Scientific memoirs by medical officers of the Army of India - Part VIII,
Year: 1894
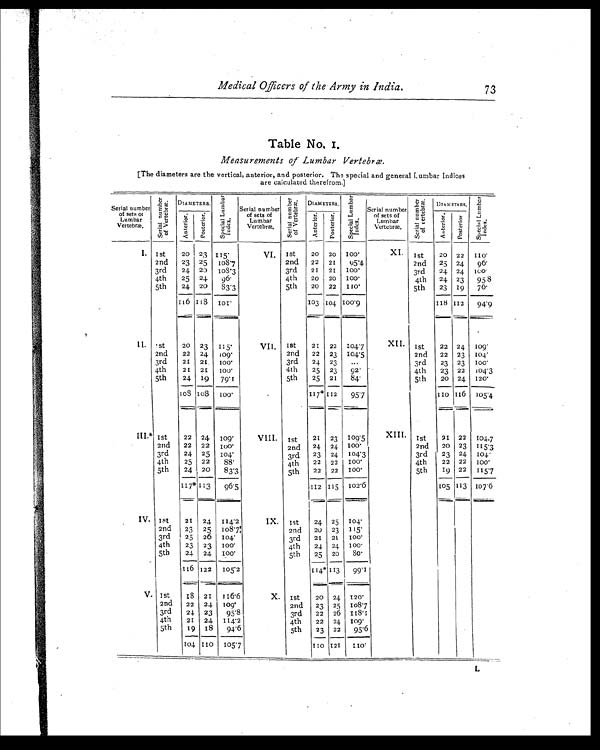
Medical Officers of the Army in India.
73
Table No. 1.
Measurements of Lumbar Vertebræ.
[The diameters are the vertical, anterior, and posterior. The special and general Lumbar Indices
are calculated therefrom.]
Serial number
of sets or
Lumbar
Vertebræ.
Se r i a l n u mb e r
of Var t ebr æ. DIAMETERS. S p e c i a l L u m b a r
I n d e x . Serial number
of sets of
Lumbar
Vertebræ.
Se r i a l n u mb e r
of Var t ebr æ. DIAMETERS.
S p e c i a l L u mb a r
Index.
Serial number
of sets of
Lumbar
Vertebræ.
S e r i a l n u mb e r
o f Va r t e b r æ. DIAMETERS,
S p e c i a l L u mb a r
Index.
A n t e r t o r . P o s t e r i o r .
A n t e r t o r . P o s t e r i o r .
A n t e r t o r . Po s t e r i o r .
I. 1st 20 23 115.
VI. 1st 20 20 100.
XI. 1st 20 22
1 1 0 .
2nd 23 25 108.7
2nd 22 21 95.4
2nd 25 24 96.
3rd 24 20 108.3
3rd 21 21
1 0 0 .
3rd 24 24 100.
4th 25 24 96.
4th 20 20 100.
4th 24 23 95 8
5th 24 20 83.3
5th 20 22 110.
5th 23 19 76.
116 118
1 0 1 .
103 104 100.9
118 112 94.9
II. 1st
20 23 115.
VII. 1st 21 22 104.7
XII. 1st 22 24 109.
2nd 22 24 109.
2nd 22 23 104.5
2nd 22 23 104.
3rd 21 21 100.
3rd 24 23 ...
3rd 23 23 100.
4th
21 21 100.
4th 25 23 92.
4th 23 22 104.3
5th 24 19 79.1
5th 25 21 84.
5th 20 24 120.
108 108 100.
117* 112 95.7
110 116 105.4
III.* 1st
22 24 109.
VIII. 1st 21 23 109. 5
XIII. 1st
2 1
22 104.7
2nd 22 22 100.
2nd 24 24 100.
2nd 20 23 115.3
3rd 24 25 104.
3rd 23 24 104.3
3rd 23 24 104.
4th 25 22 88.
4th 22 22 100.
4th 22 22 100.
5th 24 20 83.3
5th 22 22 100.
5th 19 22 115.7
117* 113 96.5
112 115 102.6
105 113 107.6
IV. 1st 21 24 114.2
IX. 1st 24 25 104.
2nd 23 25 108.7
2nd 20 23 115.
3rd 125 26 104.
3rd 21 21 100.
4th 23 23 100.
4th 24 24 100.
5th 24 24
1 0 0 .
5th 25 20
8 0 .
116 122 105.2
1 1 4 *
113 99.1
V. 1st
1 8 21 116.6
X. 1st 20 24 120.
2nd 22 24 109'
2nd 23 25 108.7
3rd 24 23 95.8
3rd 22 26 118.1
4th 21 24 114.2
4th 22 24 109.
5th 19 18 94.6
5th 23 22 95.6
104 110 105.7
1 1 0 121 110.